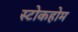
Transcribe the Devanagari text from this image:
स्टोकहोम